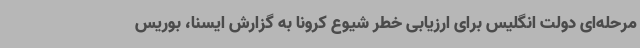
مرحله‌ای دولت انگلیس برای ارزیابی خطر شیوع کرونا به گزارش ایسنا، بوریس